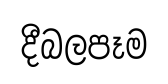
දීබලපෑම